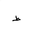
Letter: _da